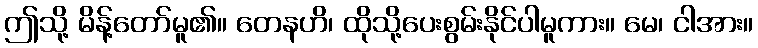
ဤသို့ မိန့်တော်မူ၏။ တေနဟိ၊ ထိုသို့ပေးစွမ်းနိုင်ပါမူကား။ မေ၊ ငါအား။